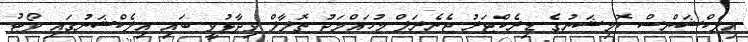
އިލެކްޝަންސް ކޮމިޝަނުގެ ޑިރެކްޓަރު ޖެނެރަލް މުހައްމަދު ތޮލާލް ވިދާޅުވީ ބައި އިލެކްޝަނުގައި ވޯޓު